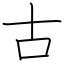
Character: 古